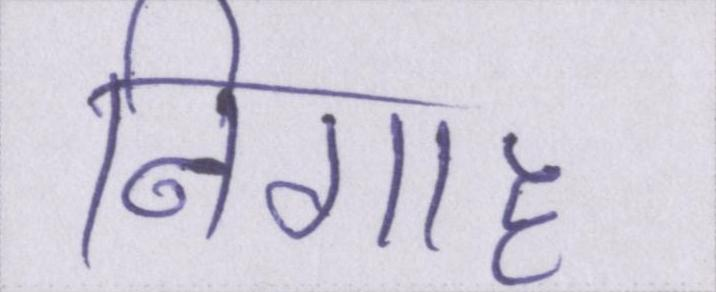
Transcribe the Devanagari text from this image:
निगाह